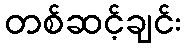
တစ်ဆင့်ချင်း